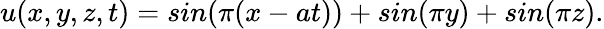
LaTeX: u(x,y,z,t)=sin(\pi(x-at))+sin(\pi y)+sin(\pi z).